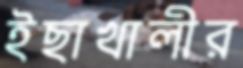
ইছাখালীর